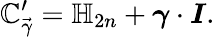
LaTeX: \mathbb{C}_{\vec{{\gamma}}}^{\prime}=\mathbb{{H}}_{2n}+\boldsymbol{\gamma}\cdot\boldsymbol{I}.